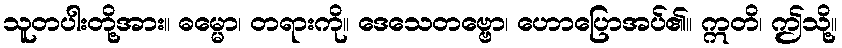
သူတပါးတို့အား။ ဓမ္မော၊ တရားကို။ ဒေသေတဗ္ဗော၊ ဟောပြောအပ်၏။ ဣတိ၊ ဤသို့။